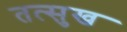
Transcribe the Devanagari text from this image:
तत्सुख